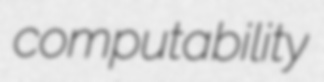
computability